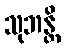
သုဘန္တိ